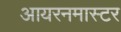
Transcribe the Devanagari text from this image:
आयरनमास्टर